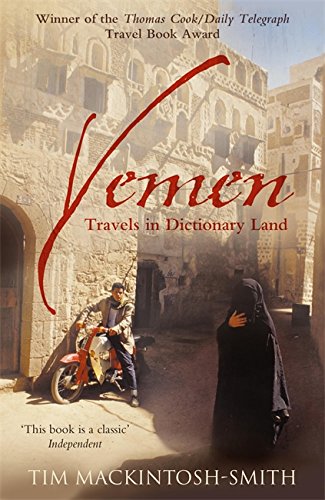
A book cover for Yemen; Tim Mackintosh-Smith; Travel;